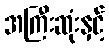
အကြီးဆုံးနှင့်